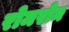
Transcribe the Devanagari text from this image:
रोमरोम